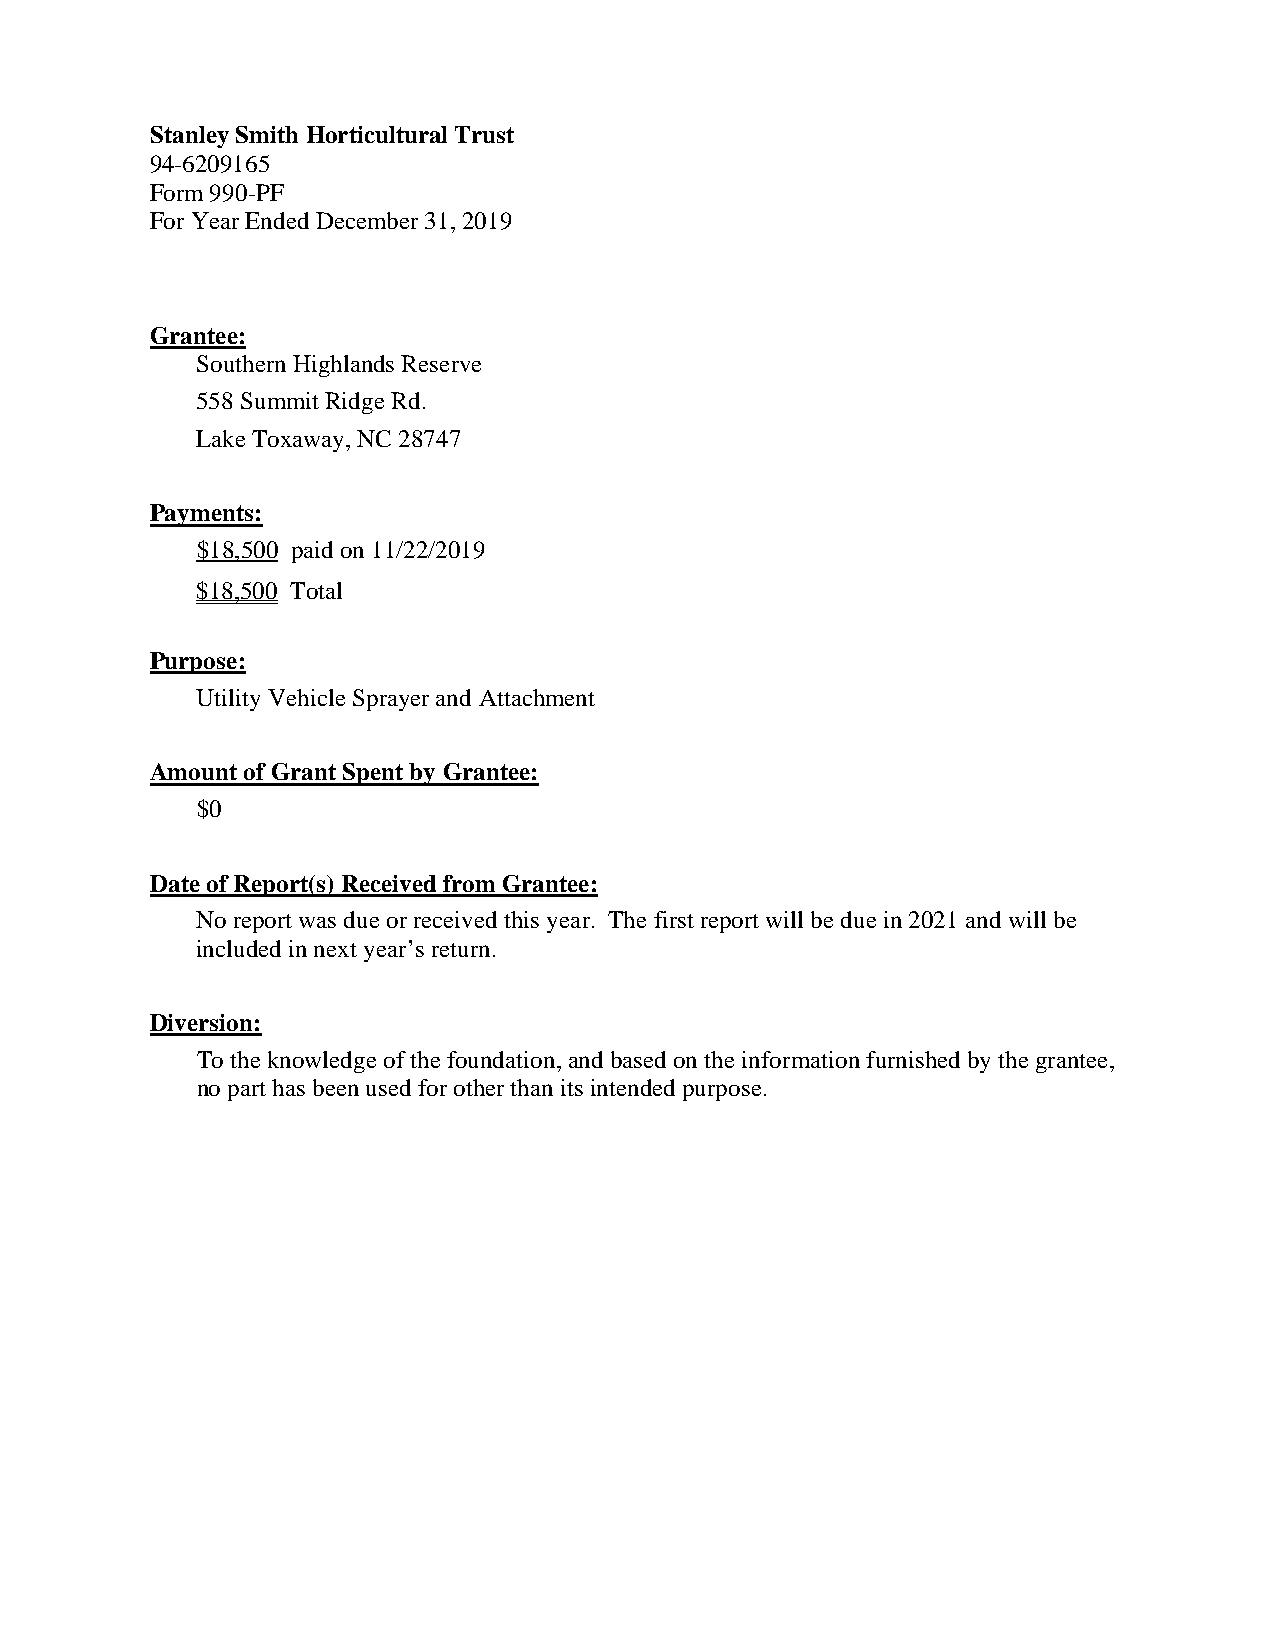
Stanley Smith Horticultural Trust
 94-6209165
 Form 990-PF
 For Year Ended December 31, 2019
 Grantee:
 Southern Highlands Reserve
 558 Summit Ridge Rd.
 Lake Toxaway, NC 28747
 Payments:
 $18,500 paid on 11/22/2019
 $18,500 Total
 Purpose:
 Utility Vehicle Sprayer and Attachment
 Amount of Grant Spent by Grantee:
 $0
 Date of Report(s) Received from Grantee:
 No report was due or received this year. The first report will be due in 2021 and will be
 included in next year’s return.
 Diversion:
 To the knowledge of the foundation, and based on the information furnished by the grantee,
 no part has been used for other than its intended purpose.